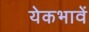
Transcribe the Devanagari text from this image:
येकभावें